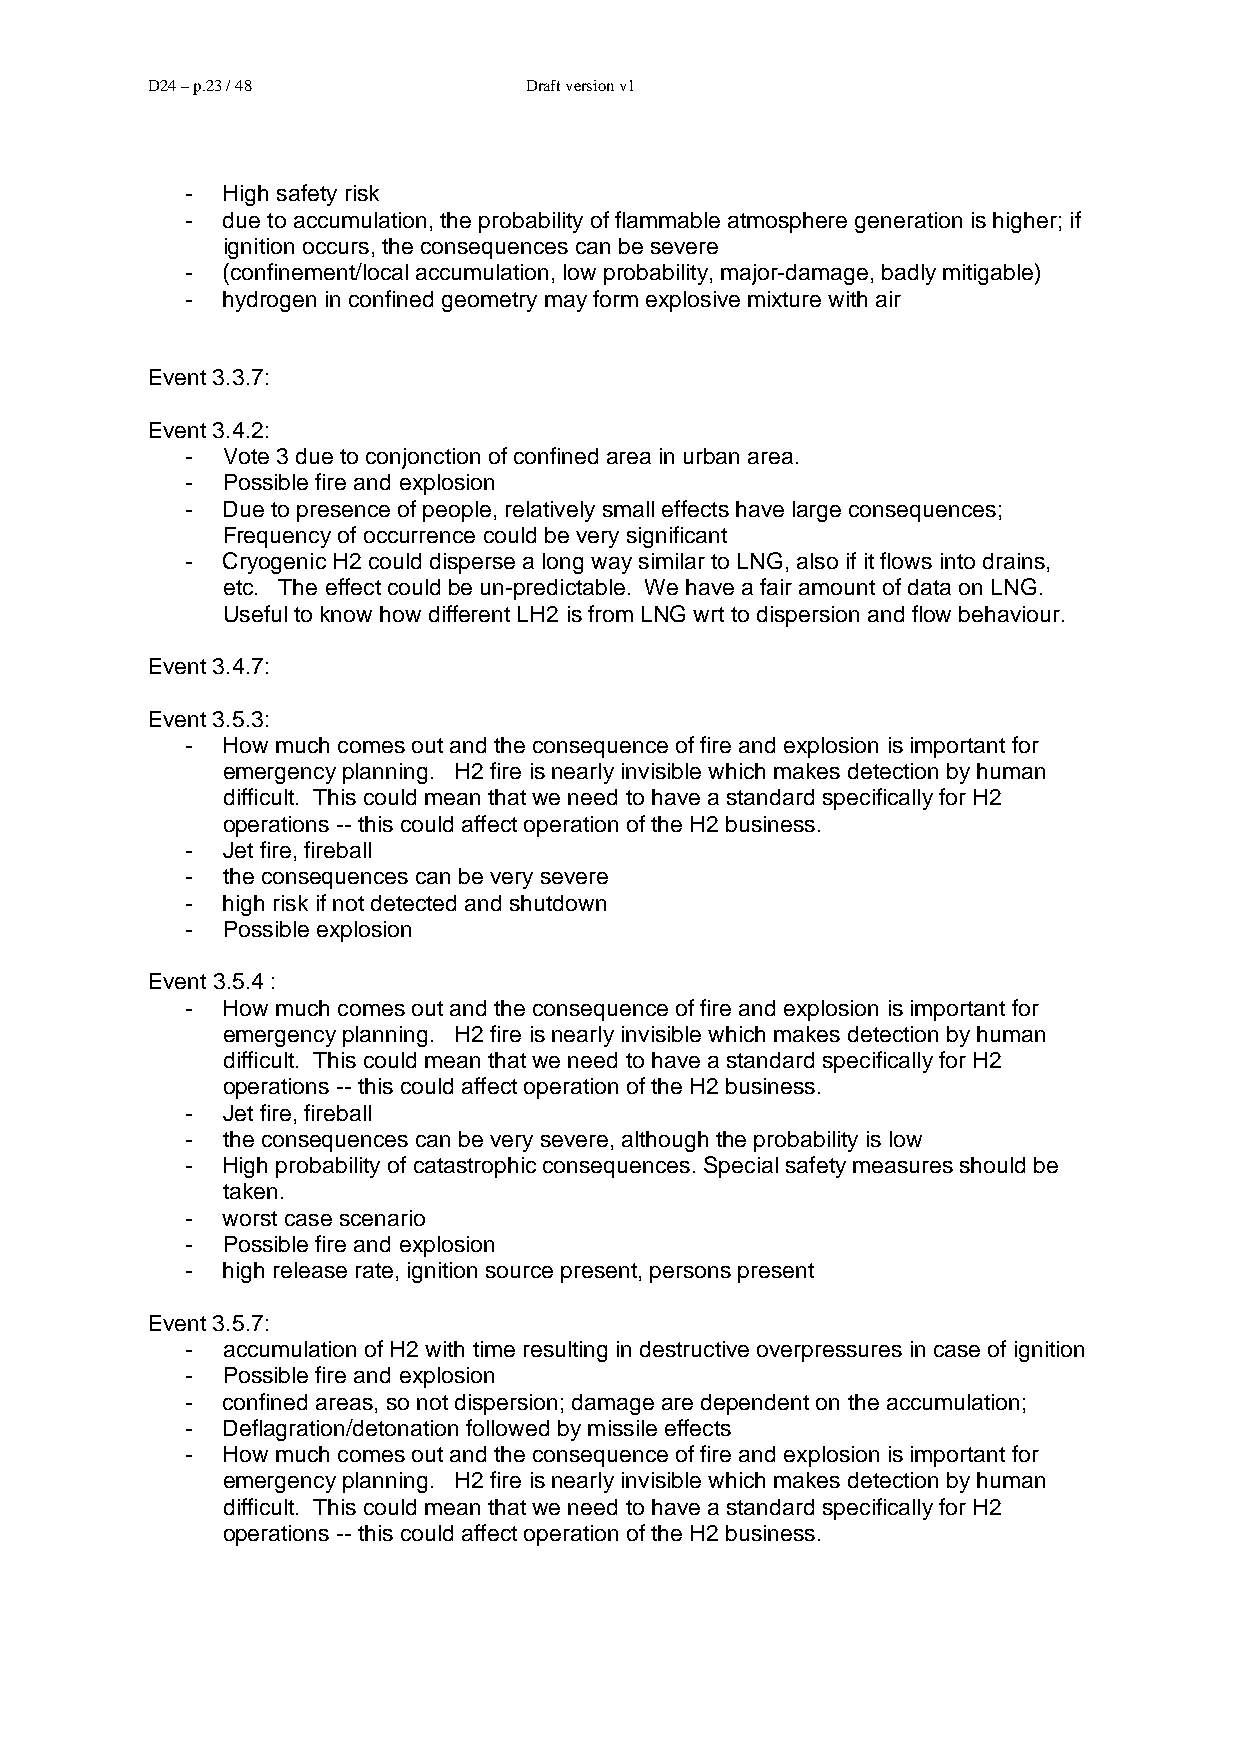
D24 – p.23 / 48          Draft version v1
 -  High safety risk
 -  due to accumulation, the probability of flammable atmosphere generation is higher; if
 ignition occurs, the consequences can be severe
 -  (confinement/local accumulation, low probability, major-damage, badly mitigable)
 -  hydrogen in confined geometry may form explosive mixture with air
 Event 3.3.7:
 Event 3.4.2:
 -  Vote 3 due to conjonction of confined area in urban area.
 -  Possible fire and explosion
 -  Due to presence of people, relatively small effects have large consequences;
 Frequency of occurrence could be very significant
 -  Cryogenic H2 could disperse a long way similar to LNG, also if it flows into drains,
 etc. The effect could be un-predictable. We have a fair amount of data on LNG.
 Useful to know how different LH2 is from LNG wrt to dispersion and flow behaviour.
 Event 3.4.7:
 Event 3.5.3:
 -  How much comes out and the consequence of fire and explosion is important for
 emergency planning. H2 fire is nearly invisible which makes detection by human
 difficult. This could mean that we need to have a standard specifically for H2
 operations -- this could affect operation of the H2 business.
 -  Jet fire, fireball
 -  the consequences can be very severe
 -  high risk if not detected and shutdown
 -  Possible explosion
 Event 3.5.4 :
 -  How much comes out and the consequence of fire and explosion is important for
 emergency planning. H2 fire is nearly invisible which makes detection by human
 difficult. This could mean that we need to have a standard specifically for H2
 operations -- this could affect operation of the H2 business.
 -  Jet fire, fireball
 -  the consequences can be very severe, although the probability is low
 -  High probability of catastrophic consequences. Special safety measures should be
 taken.
 -  worst case scenario
 -  Possible fire and explosion
 -  high release rate, ignition source present, persons present
 Event 3.5.7:
 -  accumulation of H2 with time resulting in destructive overpressures in case of ignition
 -  Possible fire and explosion
 -  confined areas, so not dispersion; damage are dependent on the accumulation;
 -  Deflagration/detonation followed by missile effects
 -  How much comes out and the consequence of fire and explosion is important for
 emergency planning. H2 fire is nearly invisible which makes detection by human
 difficult. This could mean that we need to have a standard specifically for H2
 operations -- this could affect operation of the H2 business.